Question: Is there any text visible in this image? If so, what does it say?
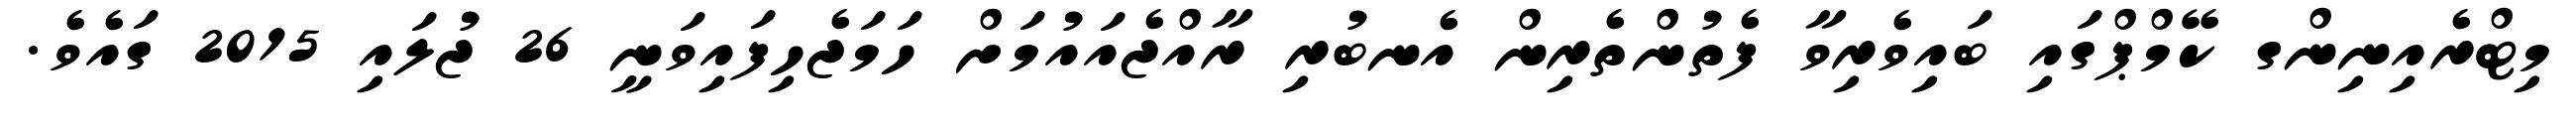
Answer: މިޓްރެއިނިންގ ކޭމްޕްގައި ބައިވެރިވާ ފެތުންތެރިން އެނބުރި ރާއްޖެއައުމަށް ހަމަޖެހިފައިވަނީ 26 ޖުލައި 2015 ގައެވެ.